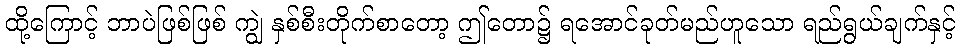
ထို့ကြောင့် ဘာပဲဖြစ်ဖြစ် ကျွဲ နှစ်စီးတိုက်စာတော့ ဤတော၌ ရအောင်ခုတ်မည်ဟူသော ရည်ရွယ်ချက်နှင့်